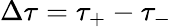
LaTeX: \Delta\tau=\tau_{+}-\tau_{-}